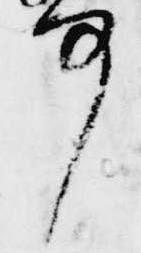
事